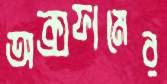
অক্সফামের